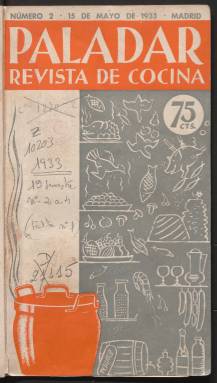
Título: Paladar (Madrid)
Colección: Cocina
Ámbito geográfico: Madrid
Lugar de publicación: Madrid
Fechas: 01/01/1933-26/06/1934